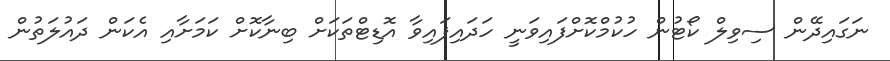
ނަގައިދޭން ސިވިލް ކޯޓުން ހުކުމްކޮށްފައިވަނީ ހަދައިފައިވާ އޮޑިޓްތަކަށް ބިނާކޮށް ކަމަށާއި އެކަން ދައުލަތުން